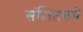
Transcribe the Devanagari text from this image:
संक्षिप्तरुपे